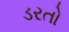
ડરતો